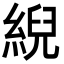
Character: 䋩